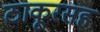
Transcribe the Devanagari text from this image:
ठाकूरसह